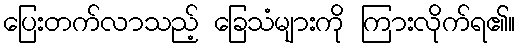
ပြေးတက်လာသည့် ခြေသံများကို ကြားလိုက်ရ၏။